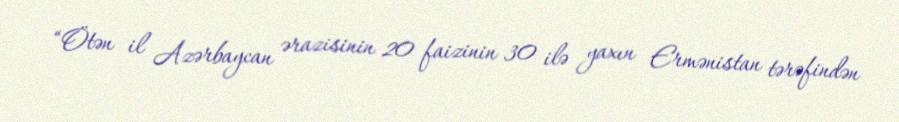
“Ötən il Azərbaycan ərazisinin 20 faizinin 30 ilə yaxın Ermənistan tərəfindən